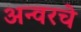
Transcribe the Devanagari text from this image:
अन्वरचे